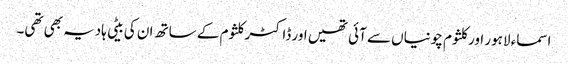
اسماء لاہور اور کلثوم چونیاں سے آئی تھیں اور ڈاکٹر کلثوم کے ساتھ ان کی بیٹی ہادیہ بھی تھی۔